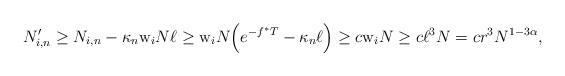
LaTeX: \begin{align*} N'_{i,n} \geq N_{i,n}- \kappa_n {\rm w}_i N \ell \geq {\rm w}_i N \Big(e^{-f^* T}-\kappa_n \ell \Big)\geq c {\rm w}_i N \geq c \ell^3 N = c r^3 N^{ 1 - 3 \alpha } , \end{align*}